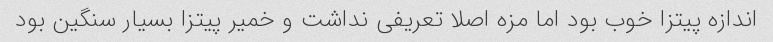
اندازه پیتزا خوب بود اما مزه اصلا تعریفی نداشت و خمیر پیتزا بسیار سنگین بود